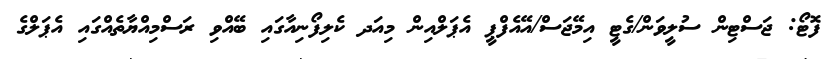
ފޮޓޯ: ޖަސްޓިން ސުލީވަން/ގެޓީ އިމޭޖަސް/އޭއެފްޕީ އެޕަލްއިން މިއަދ ކެލިފޯނިއާގައި ބޭއްވި ރަސްމިއްޔާތެއްގައި އެޕަލްގެ